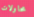
محاولات